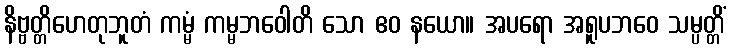
နိဗ္ဗတ္တိဟေတုဘူတံ ကမ္မံ ကမ္မဘဝေါတိ သော ဧဝ နယော။ အပရော အရူပဘဝေ သမ္ပတ္တိံ